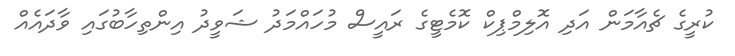
ކުރީގެ ޗެއާމަން އަދި އޮލިމްޕިކް ކޮމެޓީގެ ރައީސް މުހައްމަދު ޝަވީދު އިންތިހާބުގައި ވާދައެއް